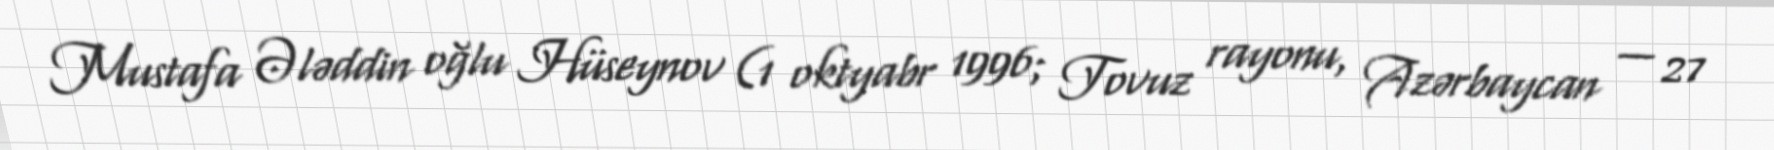
Mustafa Ələddin oğlu Hüseynov (1 oktyabr 1996; Tovuz rayonu, Azərbaycan — 27